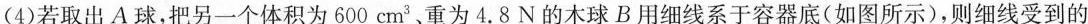
(4)若取出A球，把另一个体积为600cm^{3}、重为4.8N的木球B用细线系于容器底(如图所示)，则细线受到的